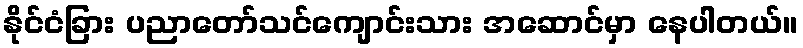
နိုင်ငံခြား ပညာတော်သင်ကျောင်းသား အဆောင်မှာ နေပါတယ်။